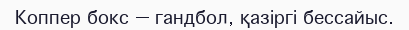
Коппер бокс — гандбол, қазіргі бессайыс.